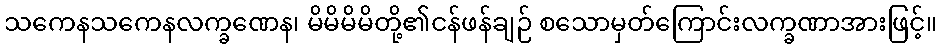
သကေနသကေနလက္ခဏေန၊ မိမိမိမိတို့၏ငန်ဖန်ချဉ် စသောမှတ်ကြောင်းလက္ခဏာအားဖြင့်။